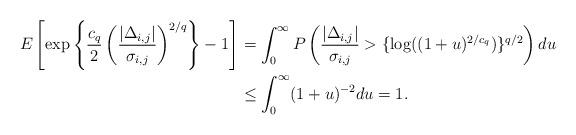
LaTeX: \begin{align*}E\left[\exp\left\{\frac{c_q}{2}\left(\frac{|\Delta_{i,j}|}{\sigma_{i,j}}\right)^{2/q}\right\}-1\right]&=\int_0^\infty P\left(\frac{|\Delta_{i,j}|}{\sigma_{i,j}}>\{\log((1+u)^{2/c_q})\}^{q/2}\right)du\\&\leq\int_0^\infty(1+u)^{-2}du=1.\end{align*}